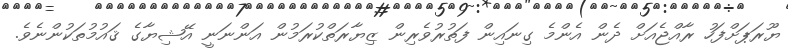
ޔޫރަޕަށްފަހު ރާއްޖެއަށް ދެން އެންމެ ގިނައިން ފަތުރުވެރިން ޒިޔާރަތްކުރަމުން އަންނަނީ އޭޝިޔާގެ ޤައުމުތަކުންނެވެ.